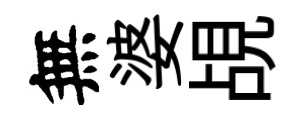
無婆覘